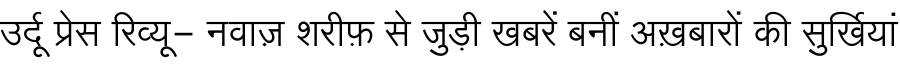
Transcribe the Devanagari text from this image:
उर्दू प्रेस रिव्यू- नवाज़ शरीफ़ से जुड़ी खबरें बनीं अख़बारों की सुर्खियां